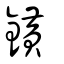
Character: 鐄